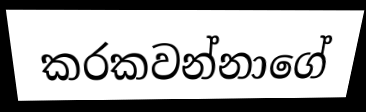
කරකවන්නාගේ